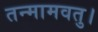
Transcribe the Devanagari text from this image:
तन्मामवतु।